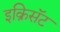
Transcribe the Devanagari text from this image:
इक्रिसॅट